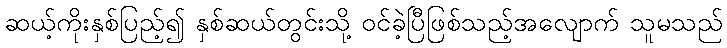
ဆယ့်ကိုးနှစ်ပြည့်၍ နှစ်ဆယ်တွင်းသို့ ဝင်ခဲ့ပြီဖြစ်သည့်အလျောက် သူမသည်